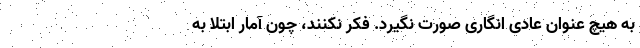
به هیچ عنوان عادی انگاری صورت نگیرد. فکر نکنند، چون آمار ابتلا به